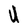
Character: U